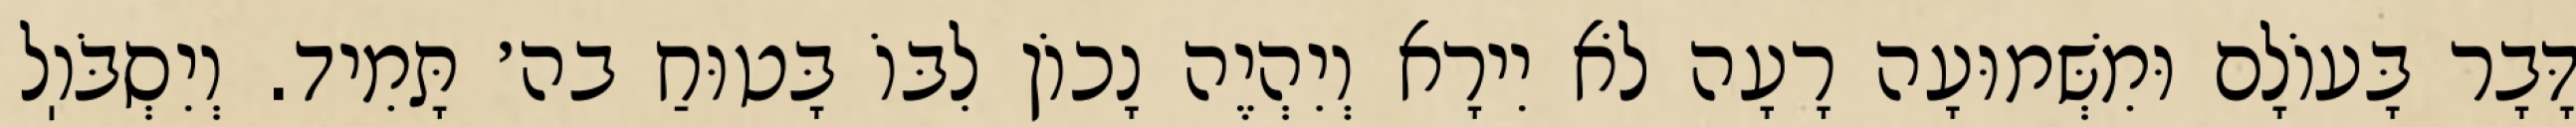
דָּבָר בָּעוֹלָם וּמִשְּׁמוּעָה רָעָה לֹא יִירָא וְיִהְיֶה נָכוֹן לִבּוֹ בָּטוּחַ בה׳ תָּמִיד. וְיִסְבֹּוֽל